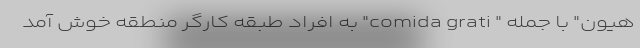
هیون" با جمله " comida grati" به افراد طبقه کارگر منطقه خوش‌ آمد